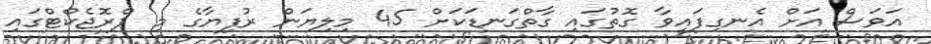
އަވަސް އަށް އެނގިފައިވާ ގޮތުގައި ގާތްގަނޑަކަށް 45 މިލިޔަން ރުފިޔާގެ މި ޕްރޮޖެކްޓްގައި